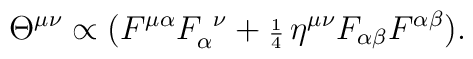
\Theta^{\mu\nu }\propto(F^{\mu\alpha}F_{\alpha}^{\hskip1.5mm\nu}+{\scriptstyle\frac{1}{4}}\,\eta^{\mu\nu}F_{\alpha\beta}F^{\alpha\beta}).